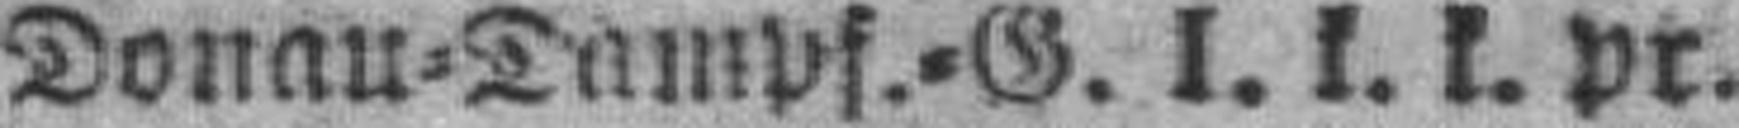
Donau=Dampf.=G. I. k. k. pr.